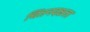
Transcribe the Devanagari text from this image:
चिंतनदक्षता